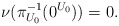
\begin{align*} \nu(\pi_{U_{0}}^{-1}(0^{U_{0}}))=0. \end{align*}